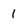
Character: 1